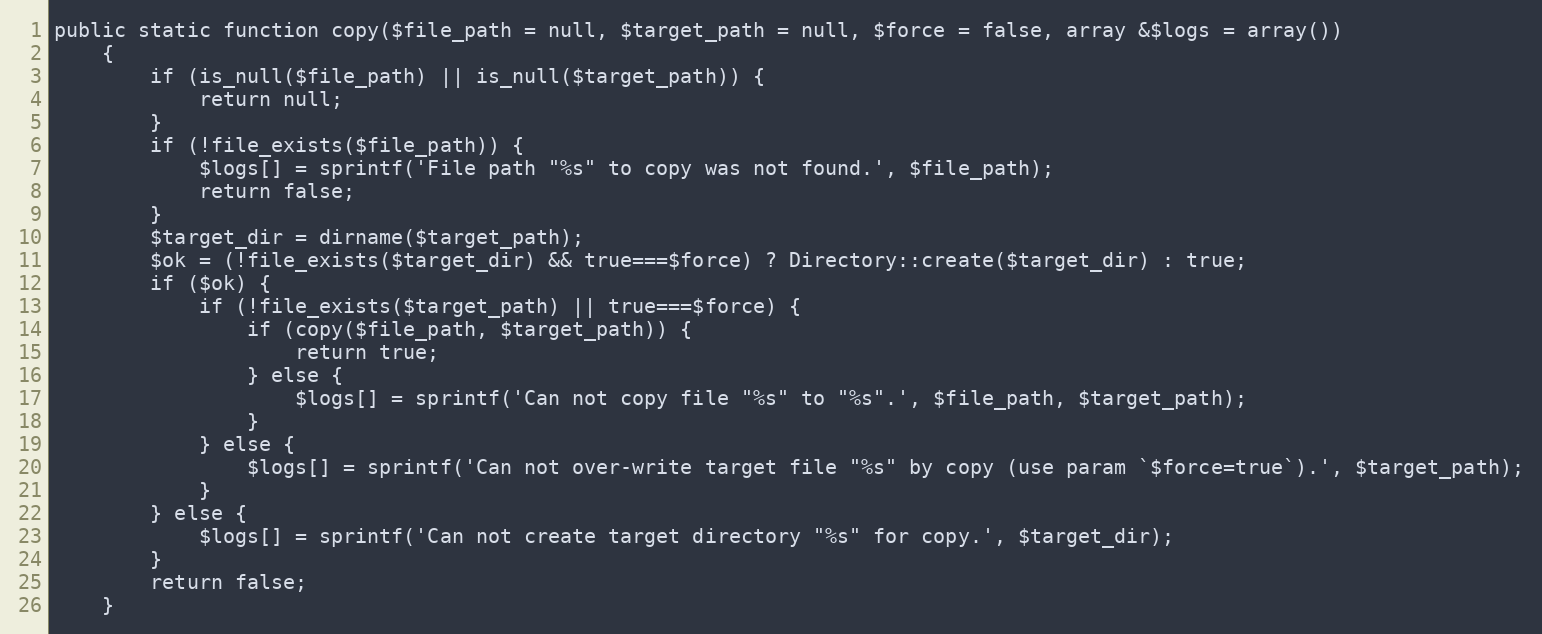
Language: PHP
public static function copy($file_path = null, $target_path = null, $force = false, array &$logs = array())
    {
        if (is_null($file_path) || is_null($target_path)) {
            return null;
        }
        if (!file_exists($file_path)) {
            $logs[] = sprintf('File path "%s" to copy was not found.', $file_path);
            return false;
        }
        $target_dir = dirname($target_path);
        $ok = (!file_exists($target_dir) && true===$force) ? Directory::create($target_dir) : true;
        if ($ok) {
            if (!file_exists($target_path) || true===$force) {
                if (copy($file_path, $target_path)) {
                    return true;
                } else {
                    $logs[] = sprintf('Can not copy file "%s" to "%s".', $file_path, $target_path);
                }
            } else {
                $logs[] = sprintf('Can not over-write target file "%s" by copy (use param `$force=true`).', $target_path);
            }
        } else {
            $logs[] = sprintf('Can not create target directory "%s" for copy.', $target_dir);
        }
        return false;
    }